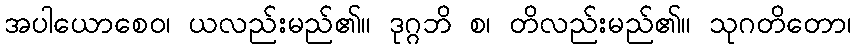
အပါယောစေဝ၊ ယလည်းမည်၏။ ဒုဂ္ဂဘိ စ၊ တိလည်းမည်၏။ သုဂတိတော၊